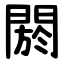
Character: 閼